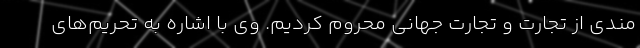
مندی از تجارت و تجارت جهانی محروم کردیم. وی با اشاره به تحریم‌های